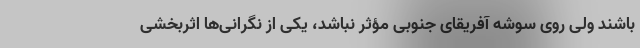
باشند ولی روی سوشه آفریقای جنوبی مؤثر نباشد، یکی از نگرانی‌ها اثربخشی